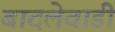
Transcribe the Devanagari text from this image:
बादलेवाडी